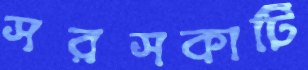
সরসকাটি